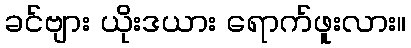
ခင်ဗျား ယိုးဒယား ရောက်ဖူးလား။